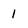
Character: 1